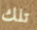
تلك